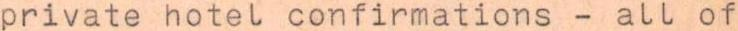
private hotel confirmations - all of